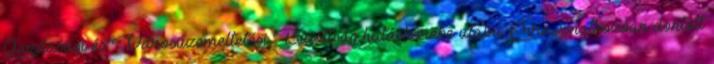
Gazdasági és Városüzemeltetési Bizottság hatáskörébe utalni. Erre vonatkozóan döntött